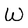
Character: W